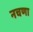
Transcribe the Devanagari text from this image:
नचणा